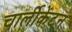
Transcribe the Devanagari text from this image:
चार्लीकेंटन